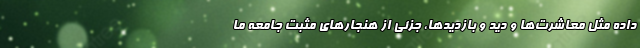
داده مثل معاشرت‌ها و دید و بازدیدها، جزئی از هنجارهای مثبت جامعه ما